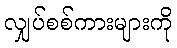
လျှပ်စစ်ကားများကို